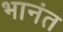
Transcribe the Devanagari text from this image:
भानंत